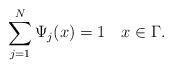
LaTeX: \begin{align*}\sum_{j=1}^N \Psi_j(x) = 1 \quad x\in\Gamma. \end{align*}